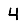
Digit: 4